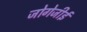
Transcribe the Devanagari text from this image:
जोगेजीई